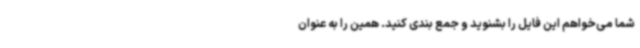
شما می‌خواهم این فایل را بشنوید و جمع بندی کنید. همین را به عنوان